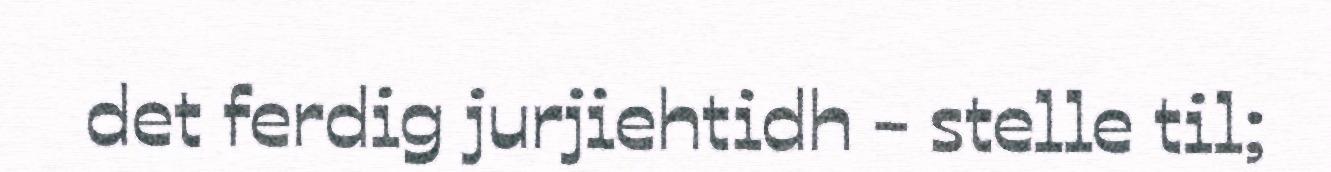
det ferdig jurjiehtidh - stelle til;